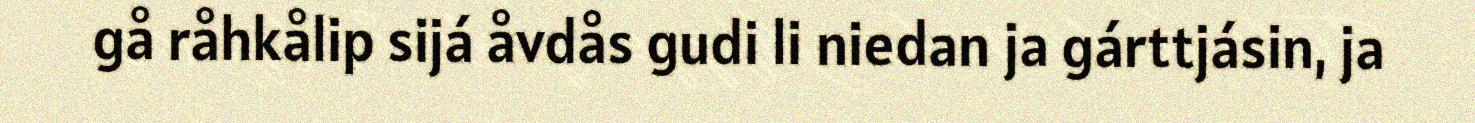
gå råhkålip sijá åvdås gudi li niedan ja gárttjásin, ja